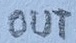
Text: OUT